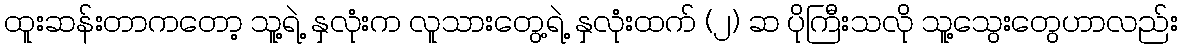
ထူးဆန်းတာကတော့ သူ့ရဲ့ နှလုံးက လူသားတွေ့ရဲ့ နှလုံးထက် (၂) ဆ ပိုကြီးသလို သူ့သွေးတွေဟာလည်း